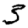
Digit: 5